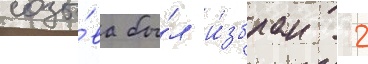
созы́ва бы́л и́збран 12